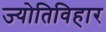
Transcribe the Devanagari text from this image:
ज्योतिविहार